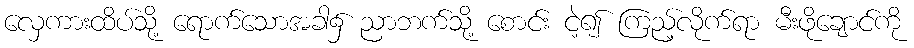
လှေကားထိပ်သို့ ရောက်သောအခါ၌ ညာဘက်သို့ စောင်း ငဲ့၍ ကြည့်လိုက်ရာ မီးဖိုချောင်ကို